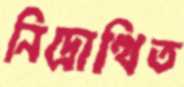
নিদ্রোত্থিত